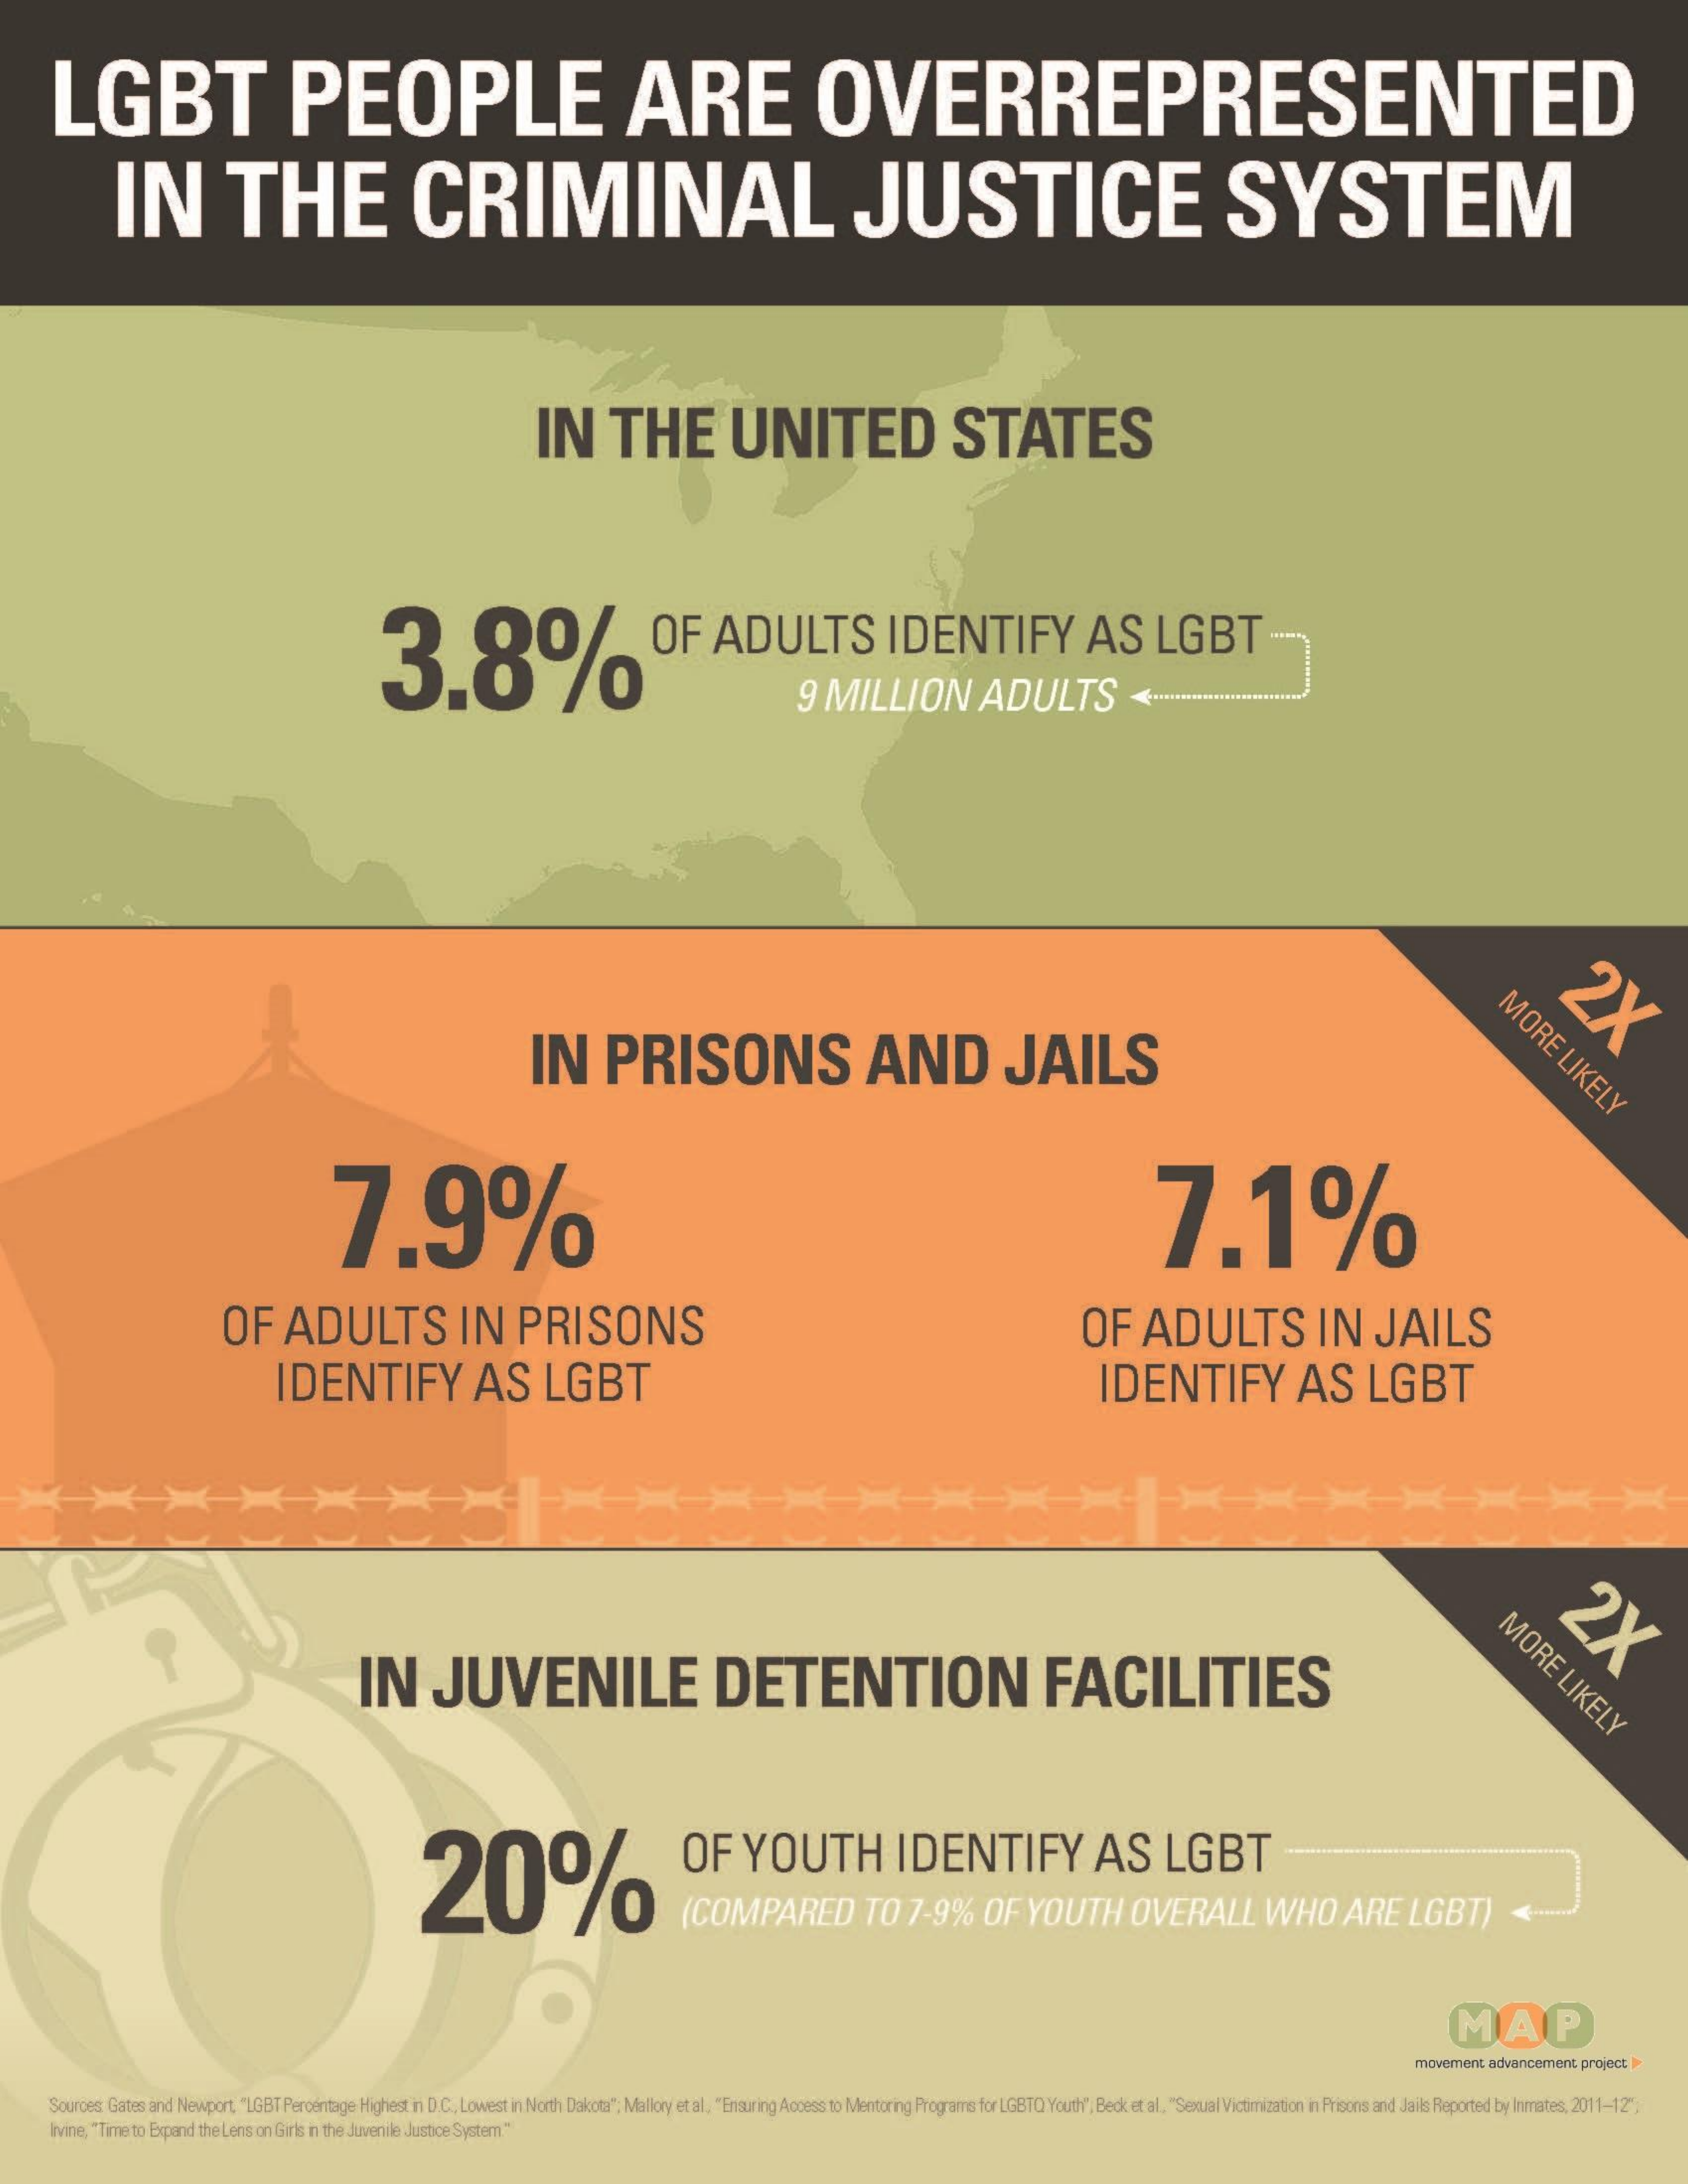
LGBT    PEOPLE    ARE    OVERREPRESENTED
     IN    THE    CRIMINAL    JUSTICE    SYSTEM
     IN    THE    UNITED    STATES
     3.8%    OF OF  ADULTS    IDENTIFY    AS    LGBT
     9  MILLION    ADULTS
     MORE
     LIKELY IN PRISONS AND JAILS
     7.9%    7.1%
     OF    ADULTS    IN    PRISONS    OF    ADULTS    IN    JAILS
     IDENTIFY    AS    LGBT    IDENTIFY    AS    LGBT
     MORE
     LIKELY IN JUVENILE DETENTION FACILITIES
     20%
     OF    YOUTH    IDENTIFY    AS    LGBT
     (COMPARED    TO    7-9%    OF   YOUTH    OVERALL    WHO    ARE    LGBT)
     MAP
     movement, advancement project >
     Sources Gates and Newport, "LGBT Percentage Highest in D.C ., Lowest in North Dakota"; Mallory et al, "Ensuring Access to Mentoring Programs for LGBTQ Youth", Beck et al, "Sexual'Victimization in Prisons and Jails Reported by Inmates, 2011-12",
     livine, "Time to Expand the Lens on Girls in the Juvenile Justice Systemn"